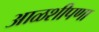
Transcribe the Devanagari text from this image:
आळशीपणा